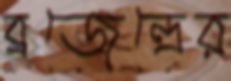
ব্রজেন্দ্রের